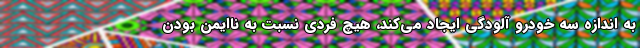
به اندازه سه خودرو آلودگی ایجاد می‌کند، هیچ فردی نسبت به ناایمن بودن